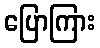
ပြောကြား